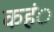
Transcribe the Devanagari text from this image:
कहंे